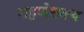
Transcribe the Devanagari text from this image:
राहणेशक्य